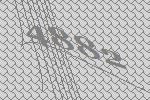
4882